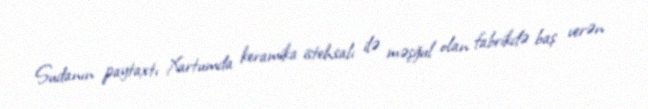
Sudanın paytaxtı Xartumda keramika istehsalı ilə məşğul olan fabrikdə baş verən